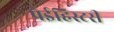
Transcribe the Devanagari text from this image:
प्रेईहिस्टरी